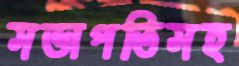
সভাপতিসহ